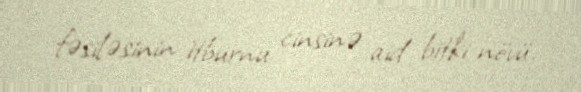
fəsiləsinin i̇tburnu cinsinə aid bitki növü.